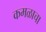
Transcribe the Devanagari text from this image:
कमळाचा